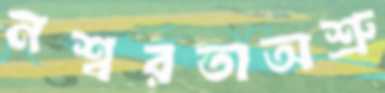
নশ্বরতাঅশ্রু